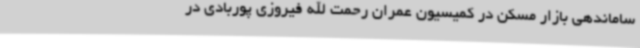
ساماندهی بازار مسکن در کمیسیون عمران رحمت الله فیروزی پوربادی در